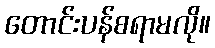
တောင်းပန်စရာမလို။